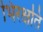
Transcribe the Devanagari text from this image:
भिरक्षति